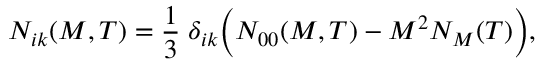
N _ { i k } ( M , T ) = \frac { 1 } { 3 } \; \delta _ { i k } \Big ( N _ { 0 0 } ( M , T ) - M ^ { 2 } { \cal N } _ { M } ( T ) \Big ) ,